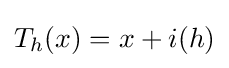
T_{h}(x)=x+i(h)